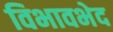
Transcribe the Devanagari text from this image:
विभावभेद